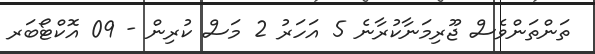
ތަންތަންވެސް ޖޫރިމަނާކުރާނެ 5 އަހަރު 2 މަސް ކުރިން - 09 އޮކްޓޯބަރ